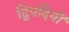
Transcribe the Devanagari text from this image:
द्विपदियों